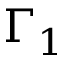
\Gamma _ { 1 }